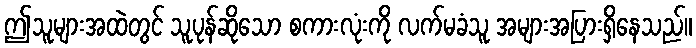
ဤသူများအထဲတွင် သူပုန်ဆိုသော စကားလုံးကို လက်မခံသူ အများအပြားရှိနေသည်။